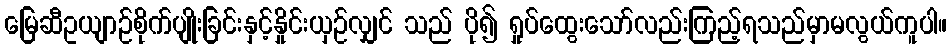
မြေဆီဥယျာဉ်စိုက်ပျိုးခြင်းနှင့်နှိုင်းယှဉ်လျှင် သည် ပို၍ ရှုပ်ထွေးသော်လည်းကြည့်ရသည်မှာမလွယ်ကူပါ။